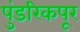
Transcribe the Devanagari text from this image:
पुंडरिकपूर